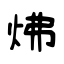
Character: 炥